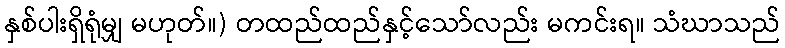
နှစ်ပါးရှိရုံမျှ မဟုတ်။) တထည်ထည်နှင့်သော်လည်း မကင်းရ။ သံဃာသည်